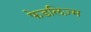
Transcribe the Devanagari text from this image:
फेडलिज़्म